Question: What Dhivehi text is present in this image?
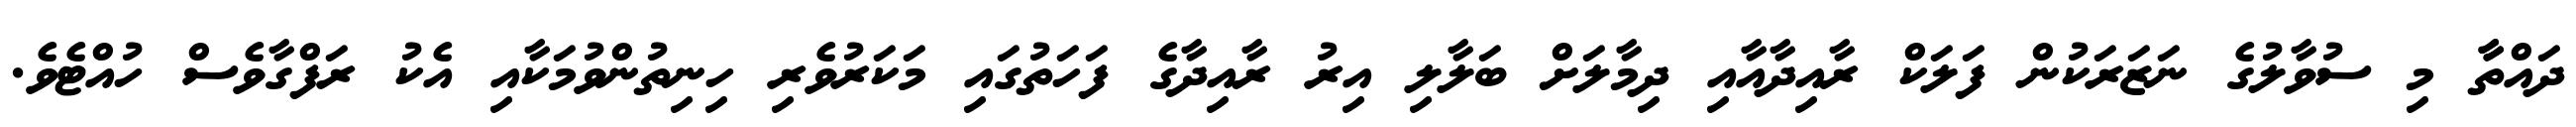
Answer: ދައްތާާ މި ސުވާލުގެ ނަޒަރަކުން ފަލަކް ރާއިދާއާއި ދިމާލަށް ބަލާލި އިރު ރާއިދާގެ ފަހަތުގައި މަކަރުވެރި ހިނިތުންވުމަކާއި އެކު ރަފްގާވެސް ހުއްޓެވެ.